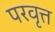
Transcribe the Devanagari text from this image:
परवृत्त